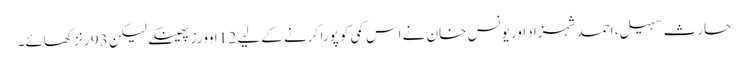
حارث سہیل، احمد شہزاد اور یونس خان نے اس کمی کو پورا کرنے کے لیے 12 اوورز پھینکے لیکن 93 رنز کھائے۔